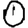
Digit: 0